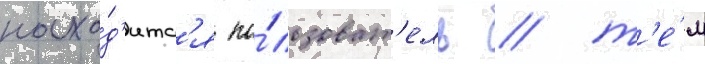
нахо́д'итс'я по́льзоват'ель / т'е́м